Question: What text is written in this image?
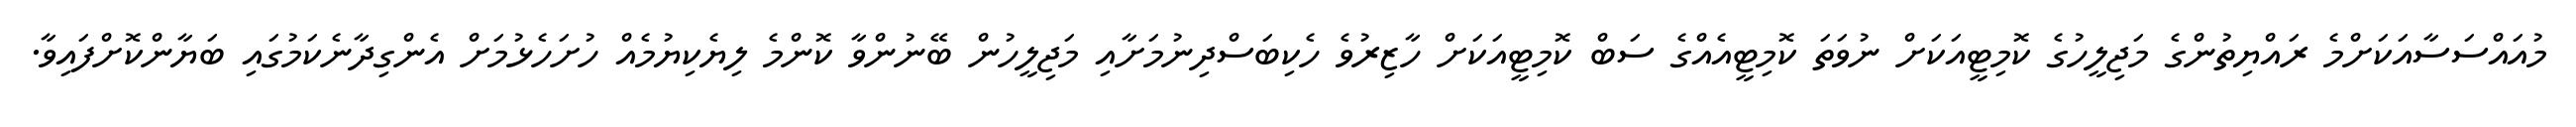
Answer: މުއައްސަސާއަކަށްމެ ރައްޔިތުންގެ މަޖިލީހުގެ ކޮމިޓީއަކަށް ނުވަތަ ކޮމިޓީއެއްގެ ސަބް ކޮމިޓީއަކަށް ހާޒިރުވެ ހެކިބަސްދިނުމަށާއި މަޖިލީހުން ބޭނުންވާ ކޮންމެ ލިޔެކިޔުމެއް ހުށަހެޅުމަށް އެންގިދާނެކަމުގައި ބަޔާންކޮށްފައިވާ.